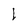
Character: l